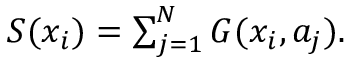
\begin{array} { r } { S ( x _ { i } ) = \sum _ { j = 1 } ^ { N } G ( x _ { i } , a _ { j } ) . } \end{array}